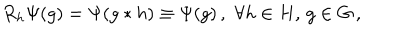
LaTeX: R _ { h } \Psi ( g ) = \Psi ( g * h ) \equiv \Psi ( g ) \, , \, \, \forall h \in H , \, g \in G \, ,